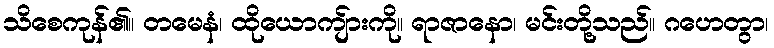
သိစေကုန်၏။ တမေနံ၊ ထိုယောကျ်ားကို။ ရာဇာနော၊ မင်းတို့သည်။ ဂဟေတွာ၊